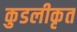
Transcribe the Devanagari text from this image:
कुडलीकृत